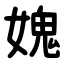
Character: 媿